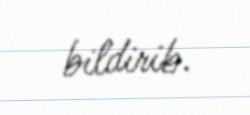
bildirib.